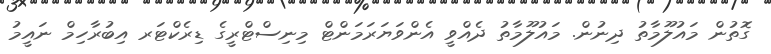
ގޮތުން މައުލޫމާތު ދިނުން. މައުލޫމާތު ދެއްވީ އެންވަޔަރަމަންޓް މިނިސްޓްރީގެ ޑިރެކްޓަރ އިބުރާހިމް ނައީމު